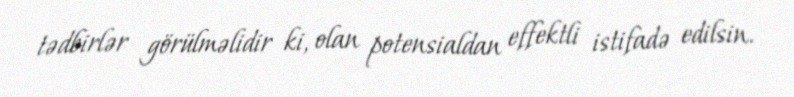
tədbirlər görülməlidir ki, olan potensialdan effektli istifadə edilsin.